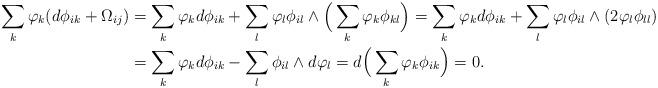
LaTeX: \begin{align*} \sum_{k}\varphi_k(d\phi_{ik}+\Omega_{ij})&=\sum_k\varphi_kd\phi_{ik}+\sum_l\varphi_l\phi_{il}\wedge\Big(\sum_k\varphi_k\phi_{kl}\Big)=\sum_k\varphi_kd\phi_{ik}+\sum_l\varphi_l\phi_{il}\wedge(2\varphi_l\phi_{ll})\\ &=\sum_k\varphi_kd\phi_{ik}-\sum_{l}\phi_{il}\wedge d\varphi_l=d\Big(\sum_k\varphi_k\phi_{ik}\Big)=0. \end{align*}